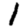
Digit: 1